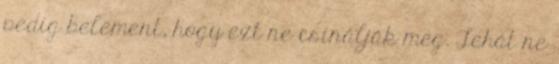
pedig belement, hogy ezt ne csinálják meg. Tehát ne